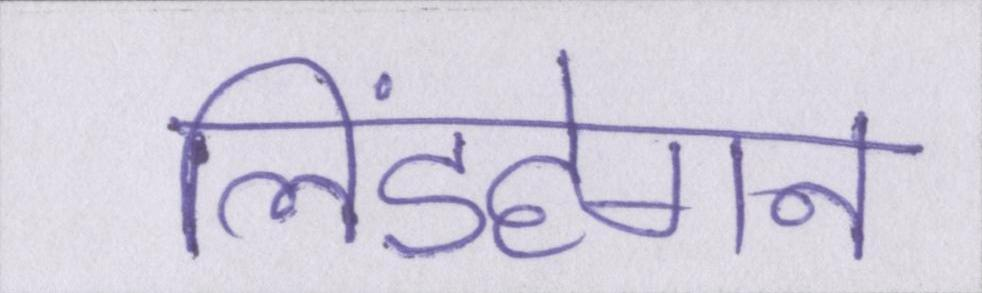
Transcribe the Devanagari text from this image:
लिंडहेगन